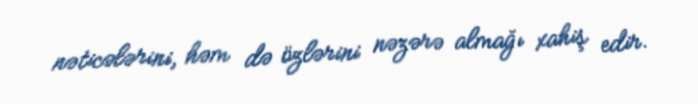
nəticələrini, həm də özlərini nəzərə almağı xahiş edir.